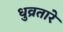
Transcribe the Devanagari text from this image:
धुव्रतारे